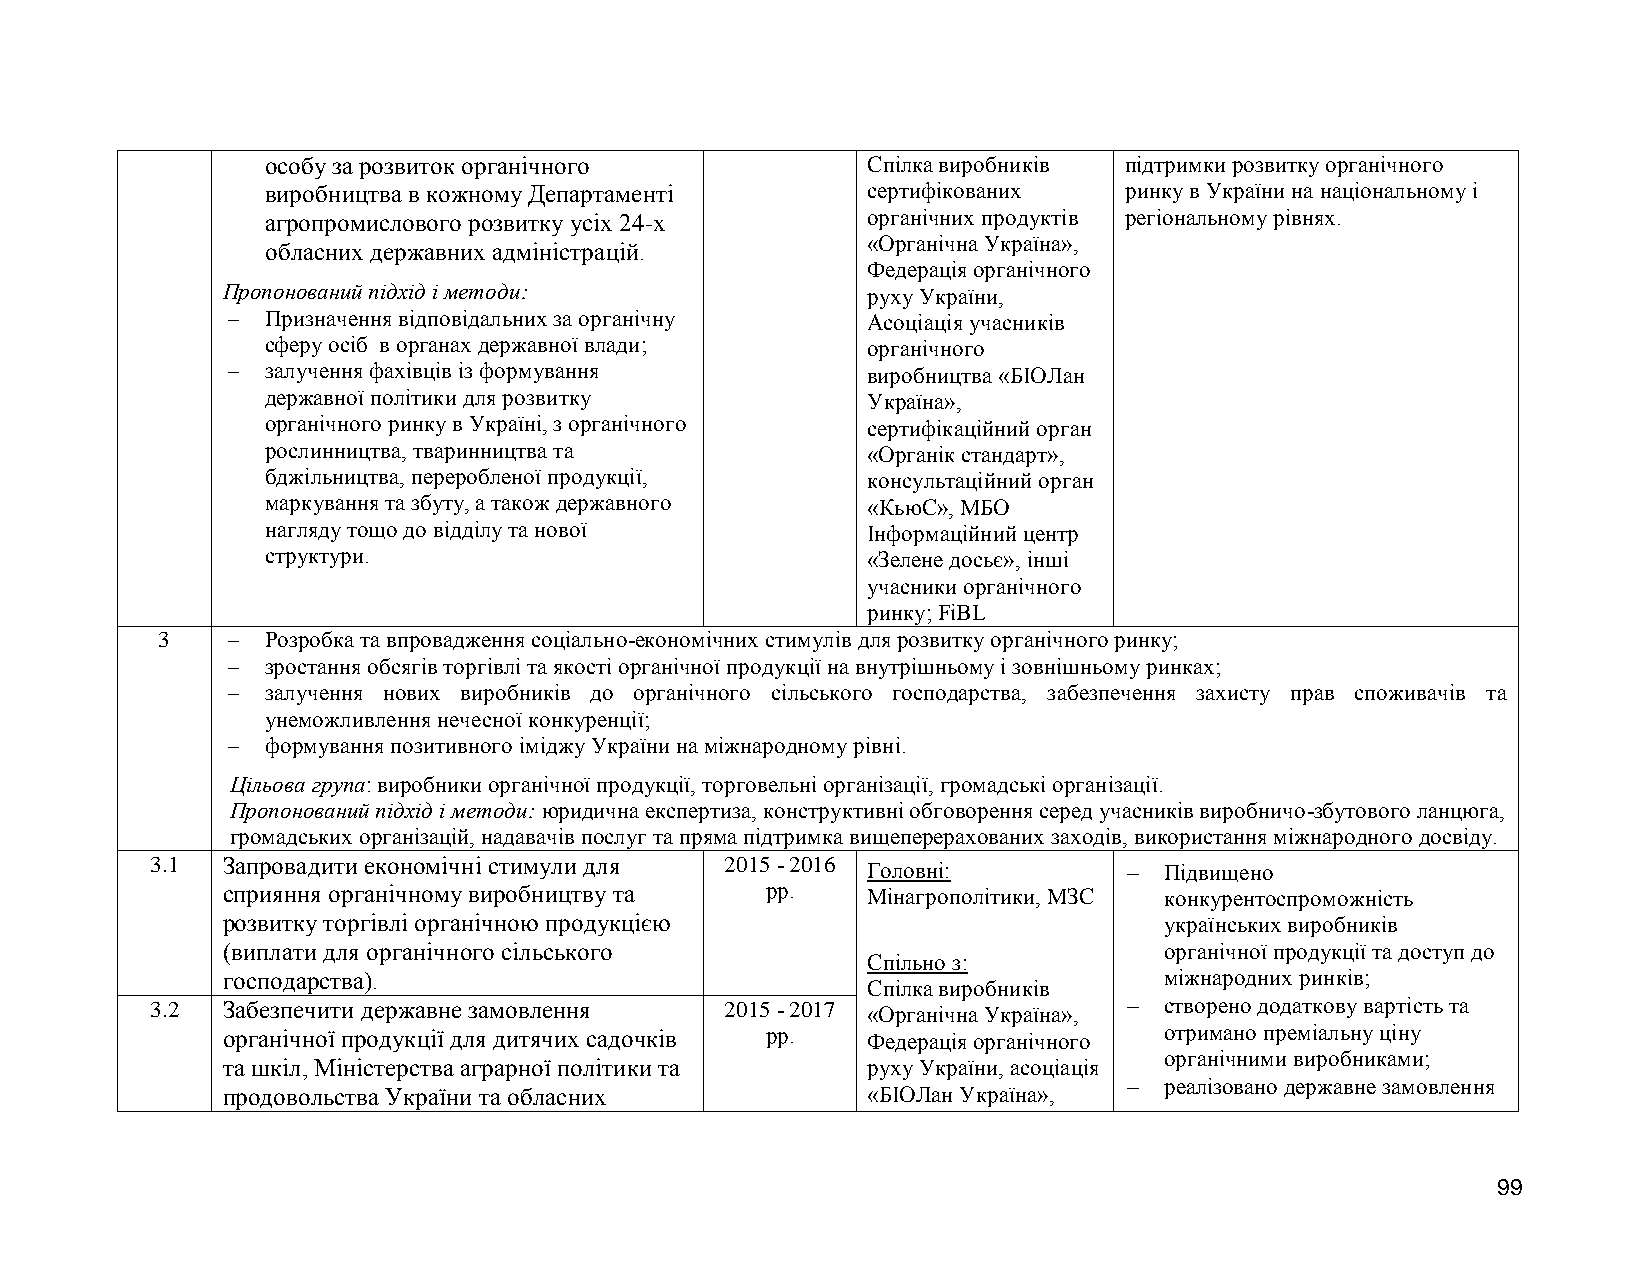
особу за розвиток органічного          Спілка виробників підтримки розвитку органічного
 виробництва в кожному Департаменті     сертифікованих   ринку в України на національному і
 агропромислового розвитку усіх 24-х    органічних продуктів регіональному рівнях.
 «Органічна Україна»,
 обласних державних адміністрацій.
 Федерація органічного
 Пропонований підхід і методи:             руху України,
   Призначення відповідальних за органічну Асоціація учасників
 сферу осіб в органах державної влади;  органічного
   залучення фахівців із формування       виробництва «БІОЛан
 державної політики для розвитку        Україна»,
 органічного ринку в Україні, з органічного сертифікаційний орган
 рослинництва, тваринництва та          «Органік стандарт»,
 бджільництва, переробленої продукції,  консультаційний орган
 маркування та збуту, а також державного «КьюС», МБО
 нагляду тощо до відділу та нової       Інформаційний центр
 структури.                             «Зелене досьє», інші
 учасники органічного
 ринку; FiBL
 3      Розробка та впровадження соціально-економічних стимулів для розвитку органічного ринку;
   зростання обсягів торгівлі та якості органічної продукції на внутрішньому і зовнішньому ринках;
   залучення нових виробників до органічного сільського господарства, забезпечення захисту прав споживачів та
 унеможливлення нечесної конкуренції;
   формування позитивного іміджу України на міжнародному рівні.
 Цільова група: виробники органічної продукції, торговельні організації, громадські організації.
 Пропонований підхід і методи: юридична експертиза, конструктивні обговорення серед учасників виробничо-збутового ланцюга,
 громадських організацій, надавачів послуг та пряма підтримка вищеперерахованих заходів, використання міжнародного досвіду.
 3.1  Запровадити економічні стимули для 2015 - 2016 Головні:      Підвищено
 сприяння органічному виробництву та рр.   Мінагрополітики, МЗС конкурентоспроможність
 розвитку торгівлі органічною продукцією                       українських виробників
 (виплати для органічного сільського                           органічної продукції та доступ до
 Спільно з:
 господарства).                                                міжнародних ринків;
 Спілка виробників
 3.2  Забезпечити державне замовлення  2015 - 2017 «Органічна Україна»,  створено додаткову вартість та
 органічної продукції для дитячих садочків рр. Федерація органічного отримано преміальну ціну
 органічними виробниками;
 та шкіл, Міністерства аграрної політики та руху України, асоціація
  реалізовано державне замовлення
 продовольства України та обласних         «БІОЛан Україна»,
 99